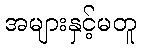
အများနှင့်မတူ